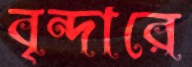
বৃন্দারে